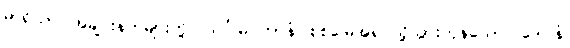
မာရိသာ၊ အချင်းနတ်များတို့။ သင်္ဂါမဂတာနံ၊ စစ်မြေအရပ်သို့သွားကုန်သော။ ဒေဝါနံ၊